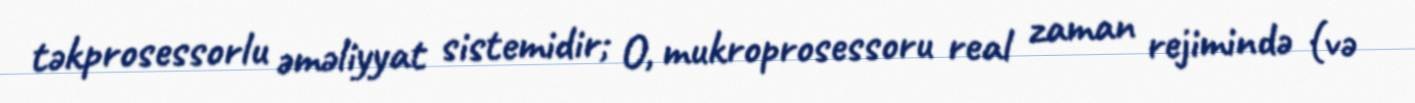
təkprosessorlu əməliyyat sistemidir; O, mukroprosessoru real zaman rejimində (və